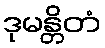
ဒုမန္တိတံ